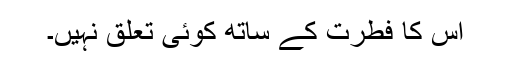
اس کا فطرت کے ساتھ کوئی تعلق نہیں۔